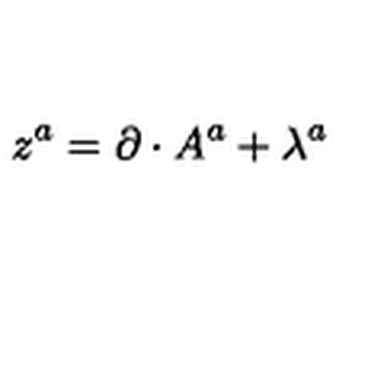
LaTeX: { z } ^ { a } = \partial \cdot A ^ { a } + \lambda ^ { a }